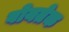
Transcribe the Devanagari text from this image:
वोयतेक